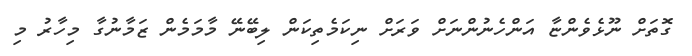
ގޮތަށް ނޫޅެވެންޏާ އަންހެނުންނަށް ވަރަށް ނިކަމެތިކަން ލިބޭނޭ މާމަމެން ޒަމާނުގާ މިހާރު މި